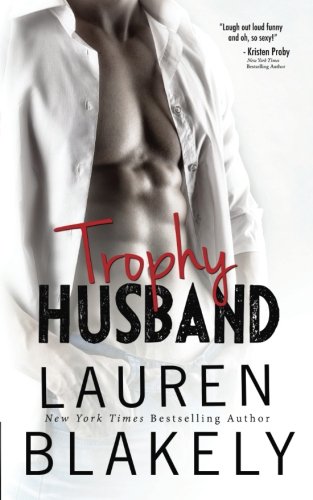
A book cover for Trophy Husband; Lauren Blakely; Romance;